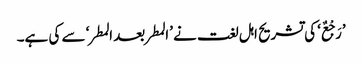
’رَجْعٌ‘ کی تشریح اہل لغت نے ’المطر بعد المطر‘ سے کی ہے۔